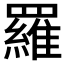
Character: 羅